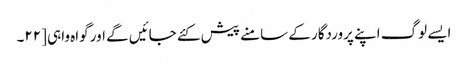
ایسے لوگ اپنے پروردگار کے سامنے پیش کئے جائیں گے اور گواہ واہی [٢٢۔